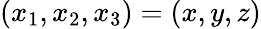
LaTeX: \left(x_{1},x_{2},x_{3}\right)=\left(x,y,z\right)